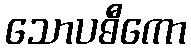
သောပဓီကော